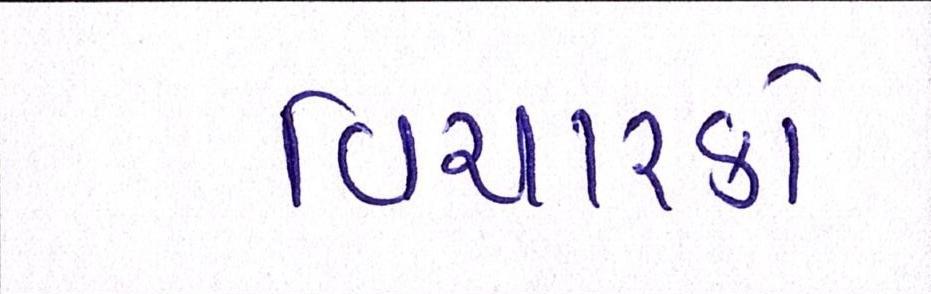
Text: વિચારકો